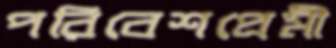
পরিবেশপ্রেমী